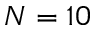
N = 1 0